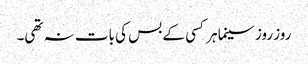
روز روز سینما ہر کسی کے بس کی بات نہ تھی۔